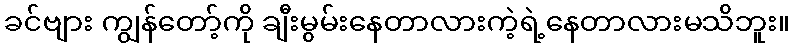
ခင်ဗျား ကျွန်တော့်ကို ချီးမွမ်းနေတာလားကဲ့ရဲ့နေတာလားမသိဘူး။